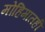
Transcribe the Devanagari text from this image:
मोहिमातही